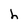
Character: h